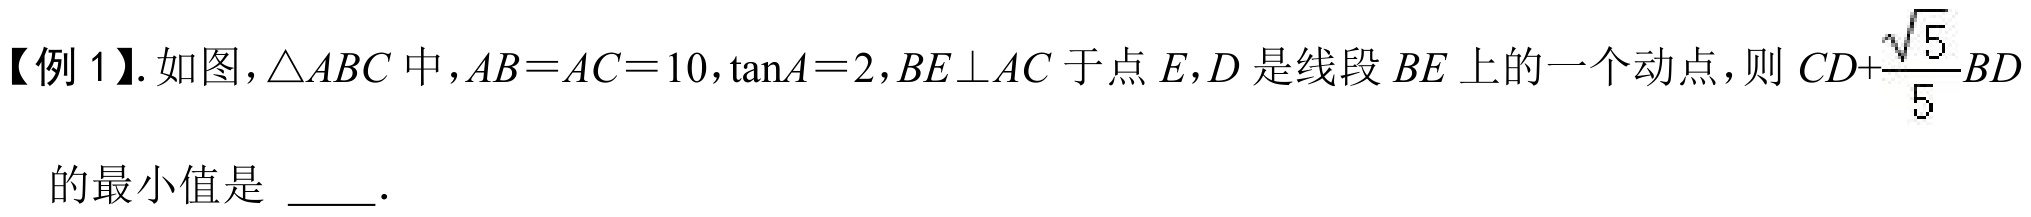
【例 1】. 如图，\(\triangle ABC\)中，\(AB = AC = 10,\tan A = 2,BE\perp AC\)于点\(E\)，\(D\)是线段\(BE\)上的一个动点，则 \(CD+\dfrac{\sqrt{5}}{5}BD\)的最小值是 \(\underline{\quad\quad}\).